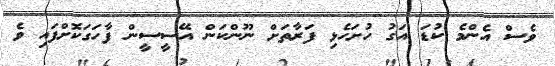
ވެސް އެންމެ ކުޑަ އަގު ހުށަހެޅި ފަރާތަށް ނޫންކަން އޭސީސީން ފާހަގަކޮށްފައި ވެ